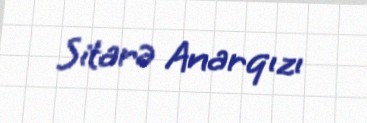
Sitarə Anarqızı